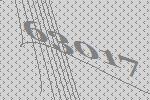
63017